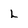
Character: L